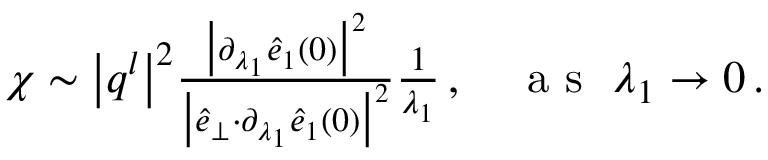
\begin{array} { r } { \chi \sim \big \vert \boldsymbol { q } ^ { l } \big \vert ^ { 2 } \frac { \big \vert \partial _ { \lambda _ { 1 } } \hat { e } _ { 1 } ( 0 ) \big \vert ^ { 2 } } { \big \vert \hat { e } _ { \perp } { \cdot } \partial _ { \lambda _ { 1 } } \hat { e } _ { 1 } ( 0 ) \big \vert ^ { 2 } } \frac { 1 } { \lambda _ { 1 } } \, , ~ ~ ~ \mathrm { ~ a ~ s ~ } ~ \lambda _ { 1 } \rightarrow 0 \, . } \end{array}